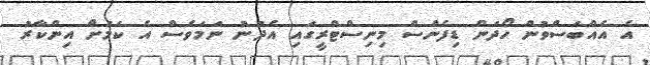
އެ އެއްބަސްވުން ހޯދަން ޑިފެންސް މިނިސްޓްރީގައި އެދުނު ނަމަވެސް އެ ކަމަށް އިންކާރު